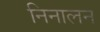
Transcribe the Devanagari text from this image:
निनालन